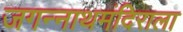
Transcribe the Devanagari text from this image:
जगन्नाथमंदिराला